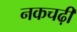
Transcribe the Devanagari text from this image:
नकचढ़ी